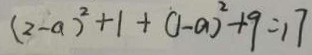
( 2 - a ) ^ { 2 } + 1 + ( 1 - a ) ^ { 2 } + 9 = 1 7